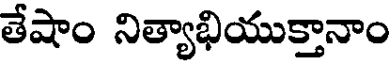
తేషాం నిత్యాభియుక్తానాం